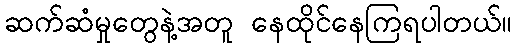
ဆက်ဆံမှုတွေနဲ့အတူ နေထိုင်နေကြရပါတယ်။